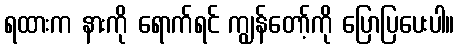
ရထားက နားကို ရောက်ရင် ကျွန်တော့်ကို ပြောပြပေးပါ။